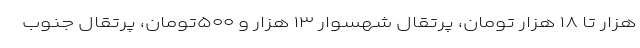
هزار تا ۱۸ هزار تومان، پرتقال شهسوار ۱۳ هزار و ۵۰۰تومان، پرتقال جنوب